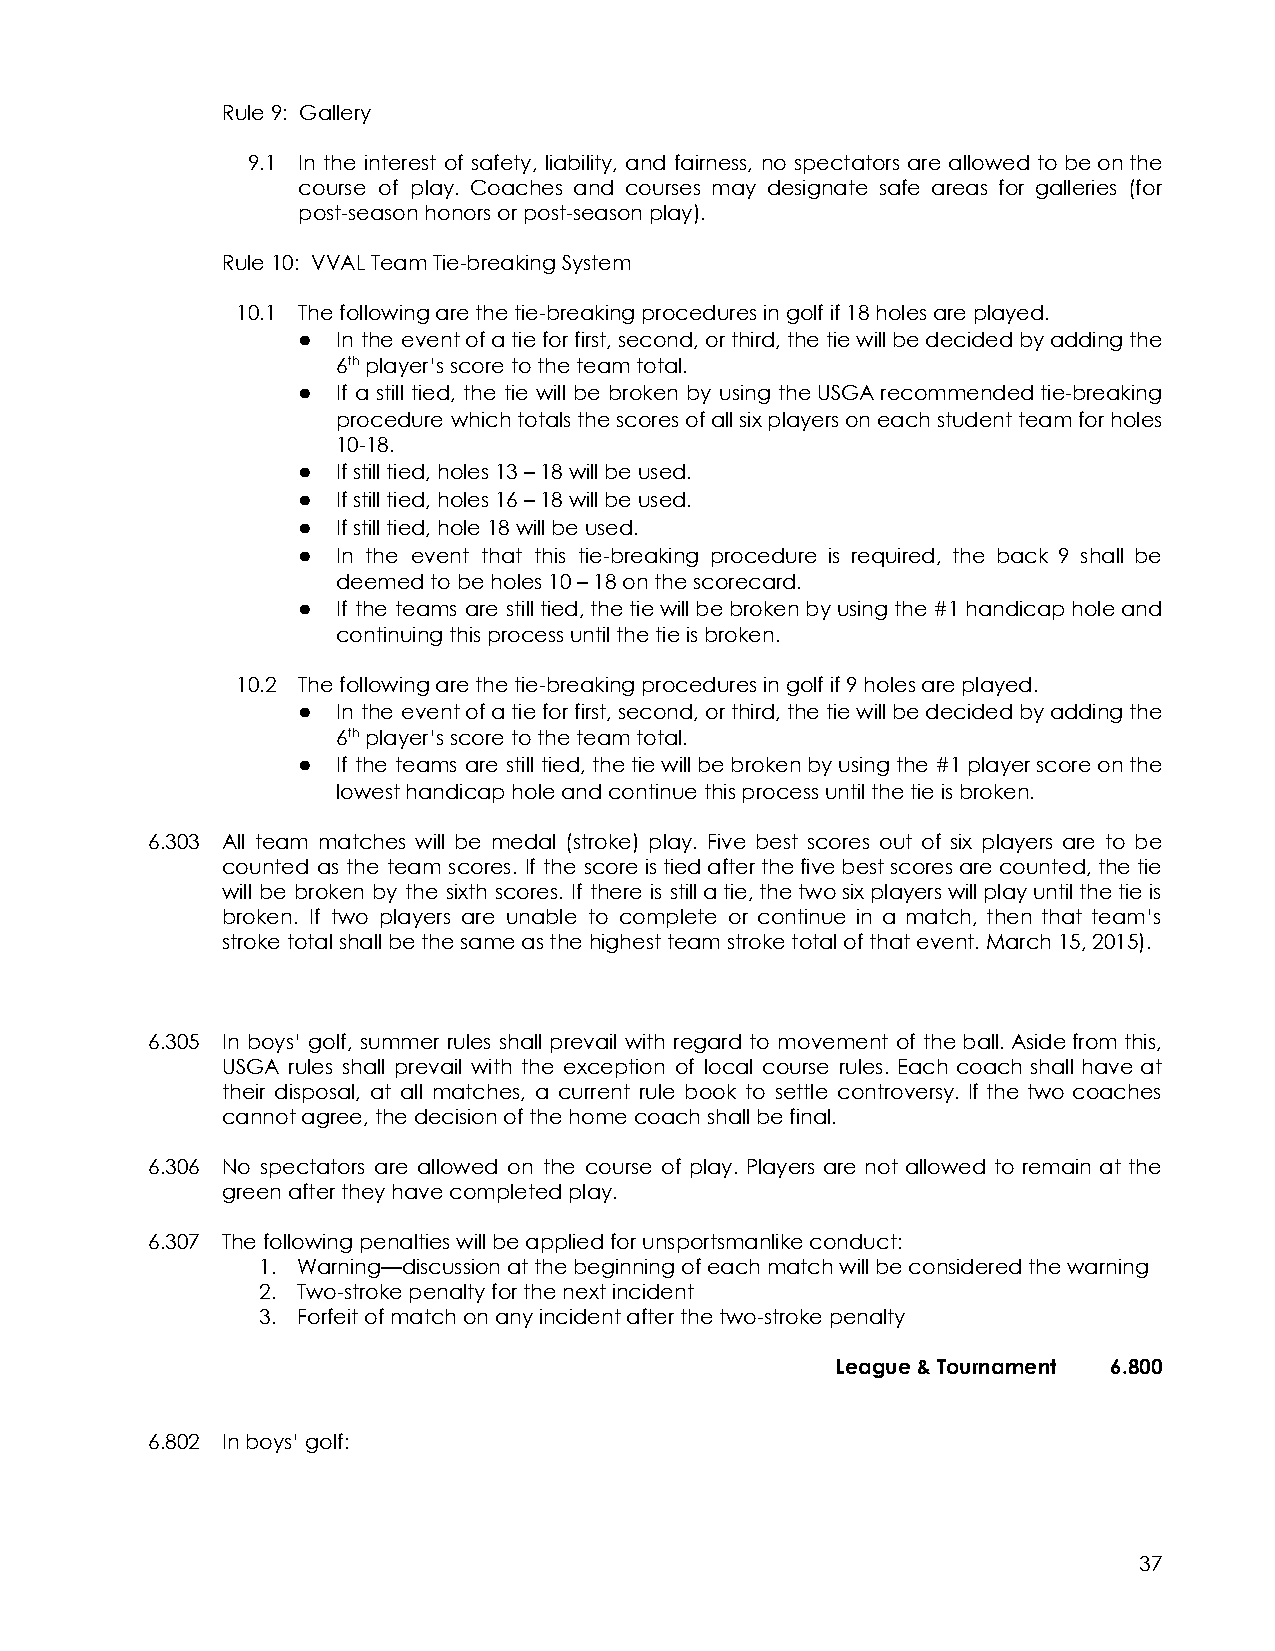
Rule 9: Gallery
 9.1 In the interest of safety, liability, and fairness, no spectators are allowed tobeonthe
 course of play. Coaches and courses may designate safe areas for galleries (for
 post-season honors or post-season play).
 Rule 10: VVAL Team Tie-breaking System
 10.1 The following are the tie-breaking procedures in golf if 18 holes are played.
 ● In the eventofatieforfirst,second,orthird,thetiewillbedecidedbyaddingthe
 6thplayer’s score to the team total.
 ● If a still tied, the tie will be broken by using theUSGArecommendedtie-breaking
 procedure whichtotalsthescoresofallsixplayersoneachstudentteamforholes
 10-18.
 ● If still tied, holes 13 – 18 will be used.
 ● If still tied, holes 16 – 18 will be used.
 ● If still tied, hole 18 will be used.
 ● In the event that this tie-breaking procedure is required, the back 9 shall be
 deemed to be holes 10 – 18 on the scorecard.
 ● If the teams are stilltied,thetiewillbebrokenbyusingthe#1handicapholeand
 continuing this process until the tie is broken.
 10.2 The following are the tie-breaking procedures in golf if 9 holes are played.
 ● In the eventofatieforfirst,second,orthird,thetiewillbedecidedbyaddingthe
 6thplayer’s score to the team total.
 ● If the teams are still tied,thetiewillbebrokenbyusingthe#1playerscoreonthe
 lowest handicap hole and continue this process until the tie is broken.
 6.303 All team matches will be medal (stroke) play. Five best scores out of six players are to be
 counted as the team scores. If the scoreistiedafterthefivebestscoresarecounted,thetie
 will be broken by the sixth scores. If there is stillatie,thetwosixplayerswillplayuntilthetieis
 broken. If two players are unable to complete or continue in a match, then that team’s
 stroke total shall be the same as the highest team stroke total of that event. March 15, 2015).
 6.305 In boys’ golf, summer rules shall prevail with regard to movement of theball.Asidefromthis,
 USGA rules shall prevail with the exception of local course rules. Each coach shall have at
 their disposal, at all matches, a current rule book to settle controversy. If the two coaches
 cannot agree, the decision of the home coach shall be final.
 6.306 No spectators are allowed on the course of play. Players are not allowed to remain at the
 green after they have completed play.
 6.307 The following penalties will be applied for unsportsmanlike conduct:
 1. Warning—discussion at the beginning of each match will be considered the warning
 2. Two-stroke penalty for the next incident
 3. Forfeit of match on any incident after the two-stroke penalty
 League & Tournament 6.800
 6.802 In boys’ golf:
 37